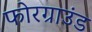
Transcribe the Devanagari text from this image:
फोरग्राउंड